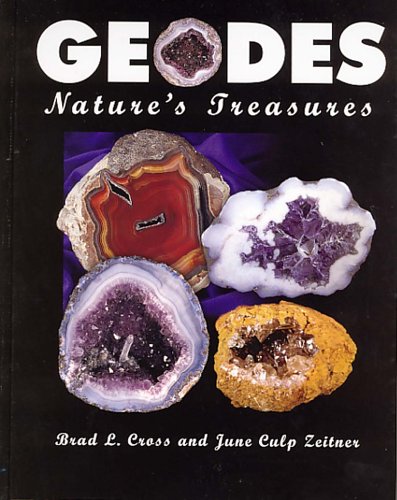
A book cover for Geodes: Nature's Treasures; Brad Lee Cross; Science & Math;